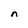
Character: n